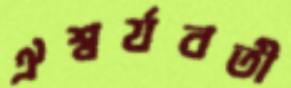
ঐশ্বর্যবতী